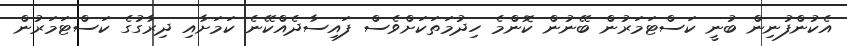
އެކުންފުނިން ބުނީ ކަސްޓަމަރުން ބޭނުން ކޮންމެ ހިދުމަތަކަށްވެސް ފައިސާދެއްކޭނެ ކަމަށާއި ދިރާގުގެ ކަސްޓަމަރުން